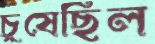
চুষেছিল